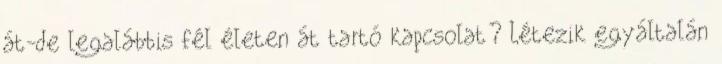
át-de legalábbis fél életen át tartó kapcsolat? Létezik egyáltalán